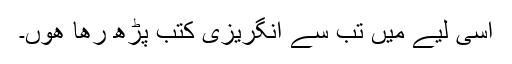
اسی لیے میں تب سے انگریزی کتب پڑھ رھا ھوں۔